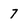
Character: 7